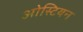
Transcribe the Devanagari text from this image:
ओस्टियन